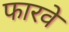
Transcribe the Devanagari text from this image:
फारवे